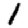
Digit: 1